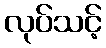
လုပ်သင့်